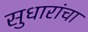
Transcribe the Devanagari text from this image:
सुधारांचा